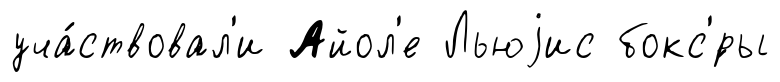
уча́ствовал'и Айол'е Льюjис бокс'́ры